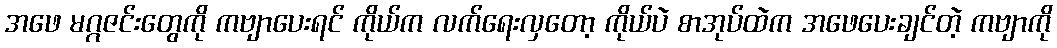
အဖေ မဂ္ဂဇင်းတွေကို ကဗျာပေးရင် ကိုယ်က လက်ရေးလှတော့ ကိုယ်ပဲ စာအုပ်ထဲက အဖေပေးချင်တဲ့ ကဗျာကို